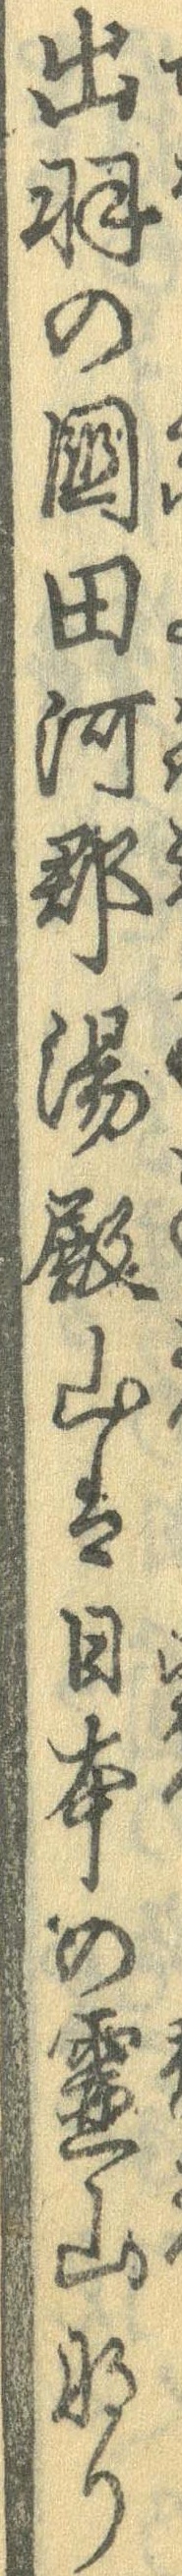
出羽の国田河郡湯殿山は日本の霊山なり